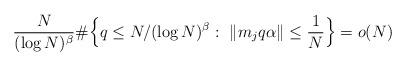
LaTeX: \begin{align*} \frac{N}{(\log N)^{\beta}} \# \Big\{ q \leq N / (\log N)^{\beta}: ~\|m_{j} q \alpha\| \leq \frac{1}{N} \Big\} = o(N)\end{align*}